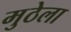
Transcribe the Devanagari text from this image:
मुठेला